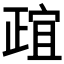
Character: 𬆄